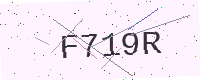
Text: F719R